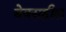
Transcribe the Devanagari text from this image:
बेक्सहील